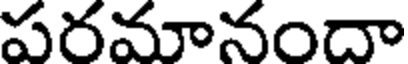
పరమానందా